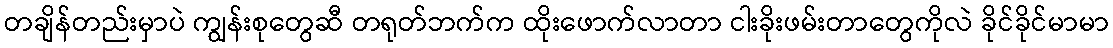
တချိန်တည်းမှာပဲ ကျွန်းစုတွေဆီ တရုတ်ဘက်က ထိုးဖောက်လာတာ ငါးခိုးဖမ်းတာတွေကိုလဲ ခိုင်ခိုင်မာမာ